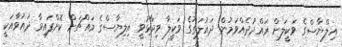
އިލްޔާސްގެ ވަކީލަށް ރައްދުދެއްވަމުން ދައުލަތުގެ ވަކީލާ ވިދާޅުވީ އިލިޔާސްގެ މައްޗަށް ކޮށްފައިވާ ދައުވާއަކީ